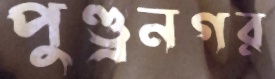
পুণ্ড্রনগর